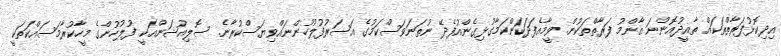
އިދިކޮޅުފަރާތްތަކައް ތާއީދުއޮންނަ އާންމު ފަރާތްތަކުން. ވީމާއެފަދަކަންކަމާގުޅިގެންއުފެދޭ ނުތަނަވަސްކަމުގެ އަސަރުފުލުހުންނައްވިޔަސްކުރާނެ. ސޮލިއުޝަންއަކީ ފުލުހުންގެ މީހާކުރާމަސައްކަތަކީ